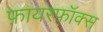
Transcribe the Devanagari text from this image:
फ़ायरफॉक्स